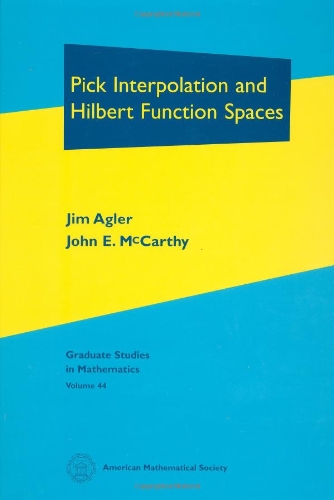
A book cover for Pick Interpolation and Hilbert Function Spaces; Jim Agler; Science & Math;